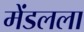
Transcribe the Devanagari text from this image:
मेंडलला